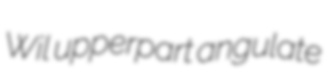
Wil upperpart angulate